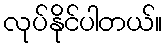
လုပ်နိုင်ပါတယ်။